Burma Government Medical School reports 1907-22
Year: 1907
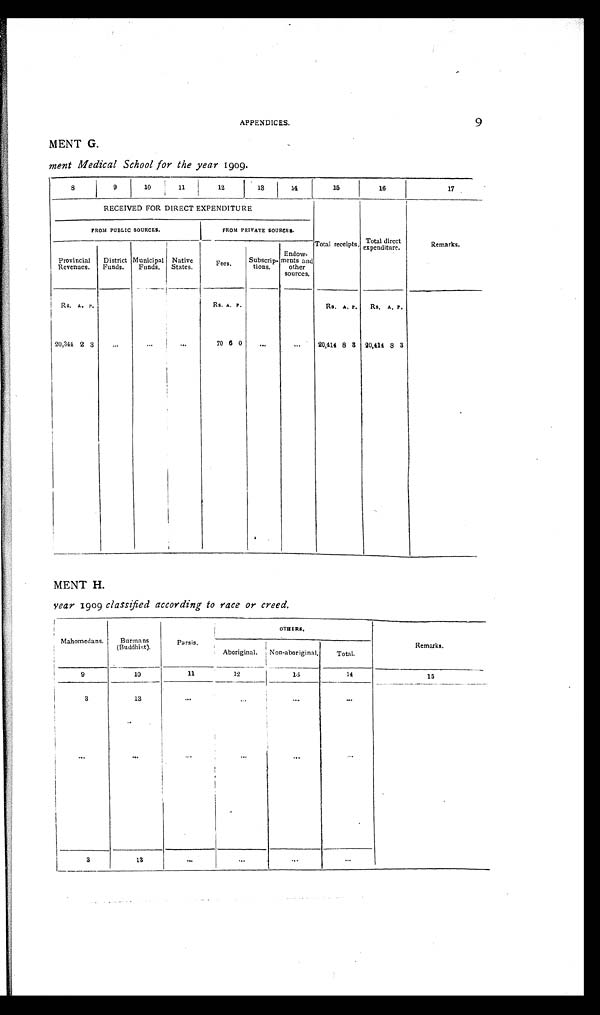
9
APPENDICES.
MENT G.
ment Medical School for the year 1909.
8
9
10
11
12
13
1 4
15
16
17
RECEIVED FOR DIRECT EXPENDITURE
FROM PUBLIC SOURCES.
FROM PRIVATE SOURCES.
Total receipts. Total direct
Remarks.
Provincial
Revenues.
District
Funds.
Municipal
Funds.
Native
States.
Fees.
Subscript.
tons.
Endow-
Lents and
other
sources.
Rs.A . P.
Rs. A. P.
Rs. A. P.
RS, A. P.
20,344 2
... ... ...
70 6 0
...
...
20,344 8 3 90,411 8 3
MENT H.
year 1909 classified according to race or creed.
Mahomcdans.
B u r m a n s
(Buddhist)
P a r e s i s .
O T H E R S .
Remarks.
Aboriginal.
Non-aboriginal,
Total.
9
10
11
12
13
14
1.5
3
13
... ...
...
...
...
...
...
...
...
...
1
3
13
...
...
...
...